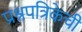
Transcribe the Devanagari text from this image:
प्रश्नपत्रिकेची